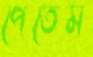
পেতেম